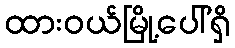
ထားဝယ်မြို့ပေါ်ရှိ